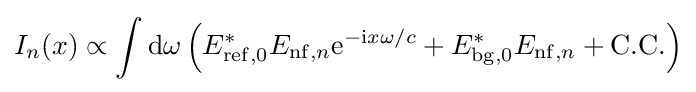
I_{n}(x)\propto \int {\rm {d}}\omega \left(E_{\rm {ref,0}}^{*}E_{{\rm {nf}},n}{\rm {e}}^{-{\rm {i}}x\omega /c}+E_{\rm {bg,0}}^{*}E_{{\rm {nf}},n}+{\rm {C.C.}}\right)